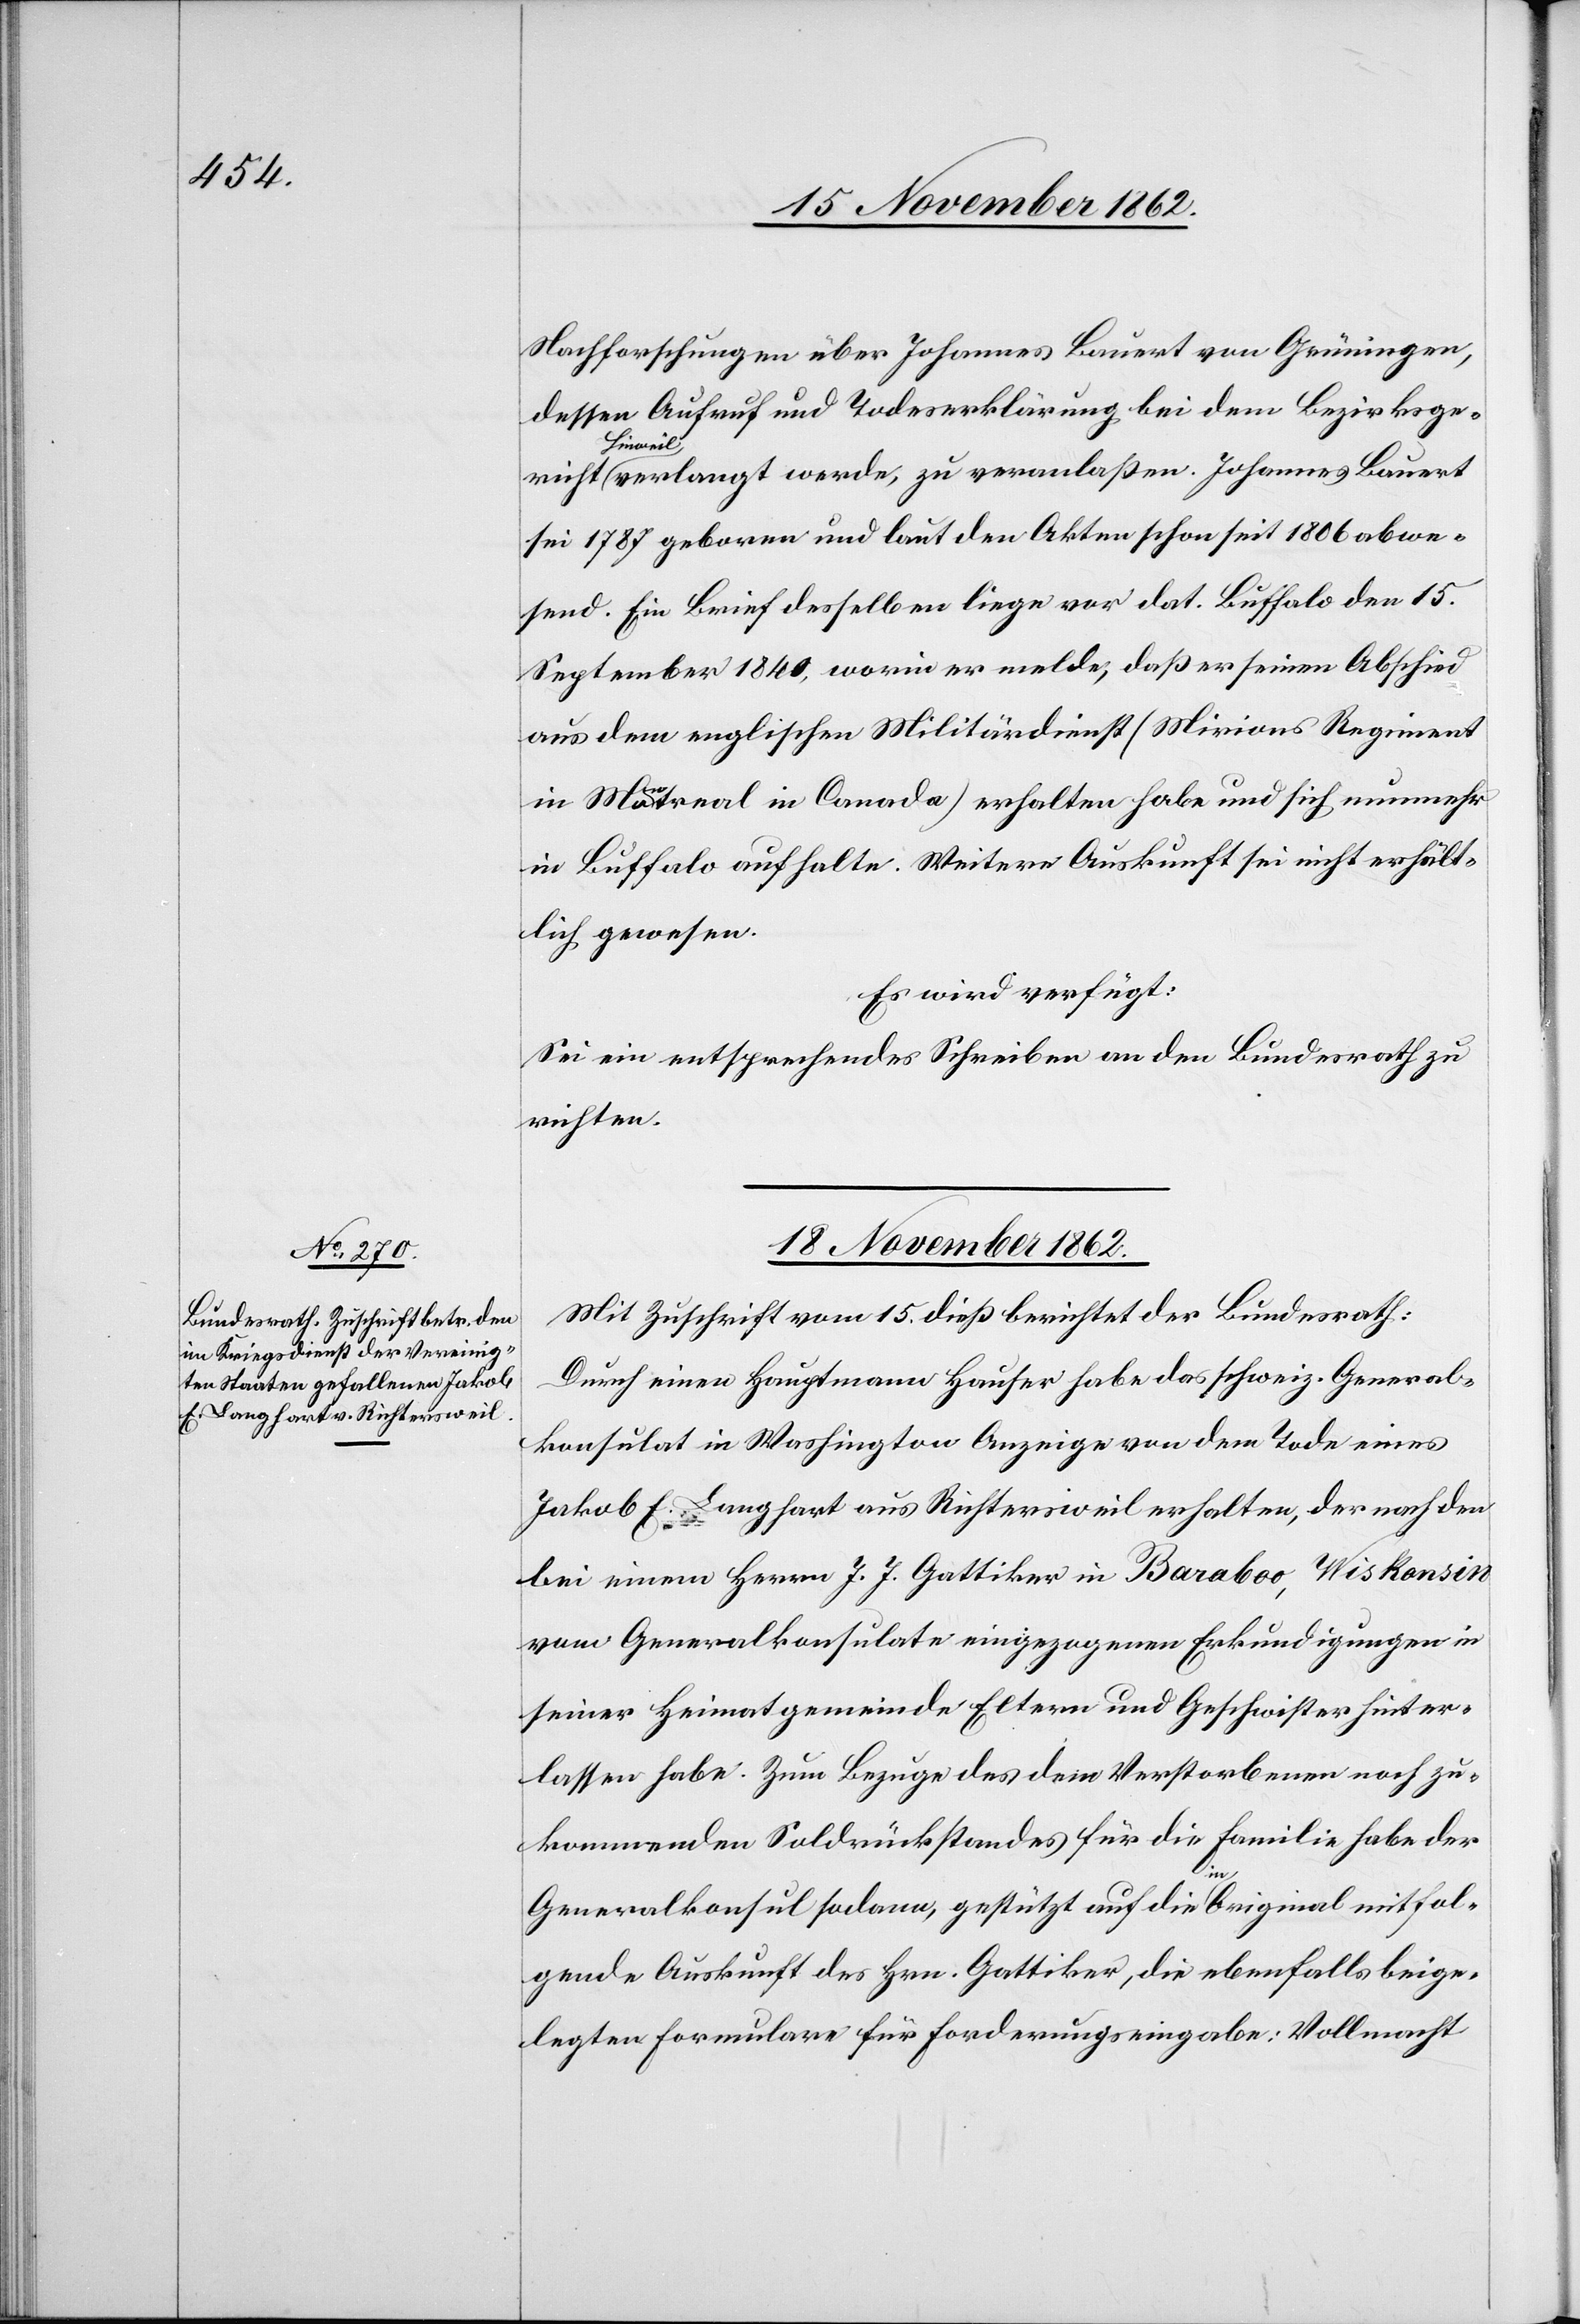
18. November 1862.
Nachforschungen über Johannes Bauert von Grüningen,
dessen Aufruf und Todeserklärung bei dem Bezirksge¬
Hinwe¬
il verlangt werde, zu veranlaßen. Johannes Bauert
sei 1787 geboren und laut den Akten schon seit 1806 abwe¬
send. Ein Brief desselben liege vor dat. Buffalo den 15.
September 1840, worin er melde, daß er seinen Abschied
aus dem englischen Militärdienst (Mirions Regiment
in Montreal in Canada) erhalten habe und sich nunmehr
in Buffalo aufhalte. Weitere Auskunft sei nicht erhält¬
lich gewesen.
Es wird verfügt:
Sei ein entsprechendes Schreiben an den Bundesrath zu
richten.
Mit Zuschrift vom 15. dieß berichtet der Bundesrath:
Durch einen Hauptmann Hauser habe das schweiz. General¬
konsulat in Washington Anzeige von dem Tode eines
Jakob E. Langhart aus Richtersweil erhalten, der nach den
bei einem Herrn J. J. Gattiker in Baraboo, Wiskonsin
vom Generalkonsulate eingezogenen Erkundigungen in
seiner Heimatgemeinde Eltern und Geschwister hinter¬
lassen habe. Zum Bezuge des dem Verstorbenen noch zu¬
kommenden Soldrückstandes für die Familie habe der
Generalkonsul sodann, gestützt auf die im Original mit fol¬
gende Auskunft des Hrn. Gattiker, die ebenfalls beige¬
legten Formulare für Forderungseingabe: Vollmacht